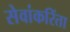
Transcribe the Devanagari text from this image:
सेवांकरिंता